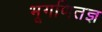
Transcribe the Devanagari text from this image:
भूगणितज्ञ